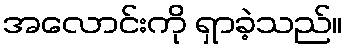
အလောင်းကို ရှာခဲ့သည်။